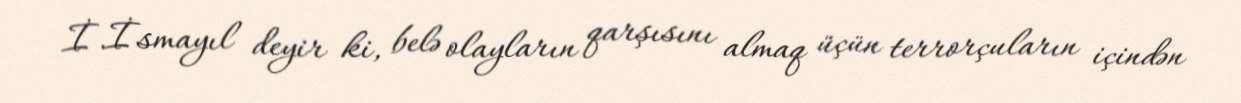
İ.İsmayıl deyir ki, belə olayların qarşısını almaq üçün terrorçuların içindən